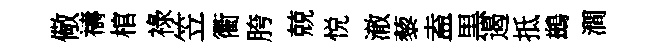
儆禱棺祿笠衢胯兢悦澈藜盍黒遏抵鷀澗